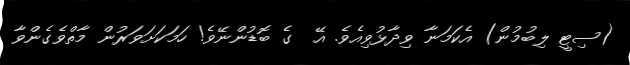
(ސިޓީ ލިބުމުން) އެކަމަނާ ވިދާޅުވިއެވެ. އޭ  ގެ ބޮޑުންނޭވެ! ހަމަކަށަވަރުން މާތްވެގެންވާ